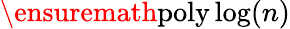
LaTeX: \ensuremath{\operatorname{poly}}\log(n)